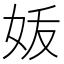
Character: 𰋼